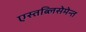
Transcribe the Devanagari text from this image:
एस्तब्लिसेमेन्त